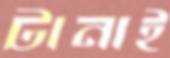
টানাই